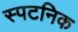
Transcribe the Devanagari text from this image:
स्पटनिक